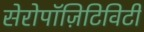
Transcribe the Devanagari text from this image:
सेरोपॉज़िटिविटी